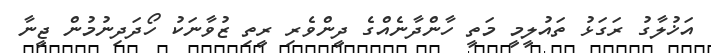
އަޚުލާގު ރަގަޅު ތައުލީމީ މަތީ ހާންދާނެއްގެ ދީންވެރި ރީތި ޒުވާނަކު ހޯދަދިނުމުން ޖީނާ